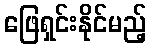
ဖြေရှင်းနိုင်မည့်